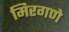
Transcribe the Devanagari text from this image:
मिरगणे